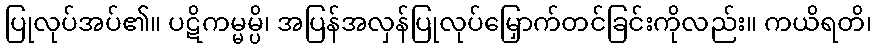
ပြုလုပ်အပ်၏။ ပဋိကမ္မမ္ပိ၊ အပြန်အလှန်ပြုလုပ်မြှောက်တင်ခြင်းကိုလည်း။ ကယိရတိ၊